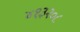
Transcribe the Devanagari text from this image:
४१३२०८